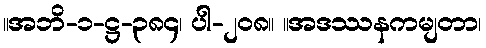
။အဘိ-၁-ဋ္ဌ-၃၈၄၊ ပါ-၂၀၈။ ။အဒဿနကမျတာ၊